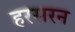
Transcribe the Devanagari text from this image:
हरसरन